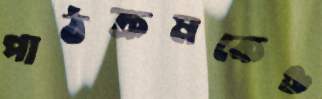
পাঠক্রমকেও